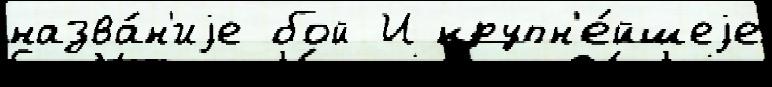
назва́н'иjе бой И крупн'е́йшеjе